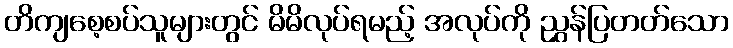
တိကျစေ့စပ်သူများတွင် မိမိလုပ်ရမည့် အလုပ်ကို ညွှန်ပြတတ်သော